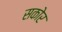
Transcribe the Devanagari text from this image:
सकोर